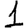
Digit: 1